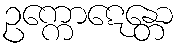
ဥက္ကောဋေန္တော